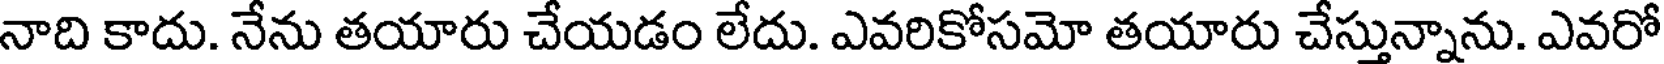
నాది కాదు. నేను తయారు చేయడం లేదు. ఎవరికోసమో తయారు చేస్తున్నాను. ఎవరో